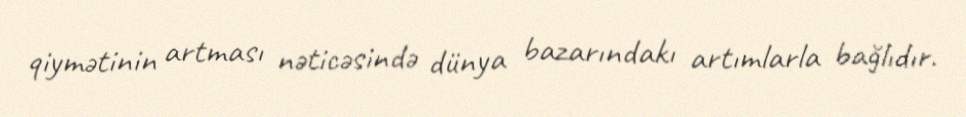
qiymətinin artması nəticəsində dünya bazarındakı artımlarla bağlıdır.